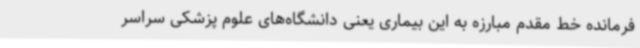
فرمانده خط مقدم مبارزه به این بیماری یعنی دانشگاه‌های علوم پزشکی سراسر